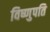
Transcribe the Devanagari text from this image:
विष्णुपति